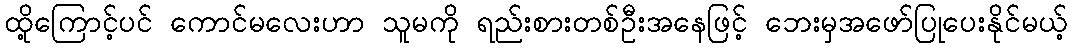
ထို့ကြောင့်ပင် ကောင်မလေးဟာ သူမကို ရည်းစားတစ်ဦးအနေဖြင့် ဘေးမှအဖော်ပြုပေးနိုင်မယ့်